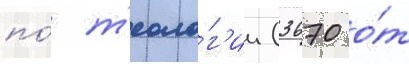
по́ т'еоло́г'ии (3670 о́т